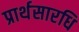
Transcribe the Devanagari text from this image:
प्रार्थसारधि